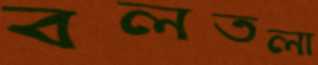
বলতলা